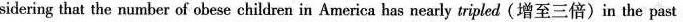
sidering that the number of obese children in America has nearly tripled (增至三倍)in the past